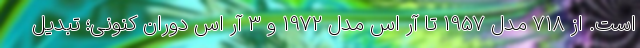
است. از 718 مدل 1957 تا آر اس مدل 1972 و 3 آر اس دوران کنونی؛ تبدیل